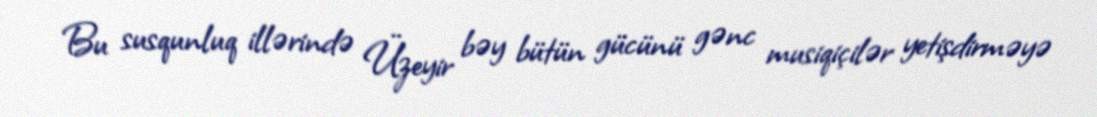
Bu susqunluq illərində Üzeyir bəy bütün gücünü gənc musiqiçilər yetişdirməyə